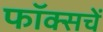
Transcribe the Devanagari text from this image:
फॉक्सचें